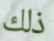
ذلك